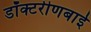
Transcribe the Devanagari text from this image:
डॉक्टरीणबाई